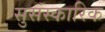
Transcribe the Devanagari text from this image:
सुसंस्कारिक